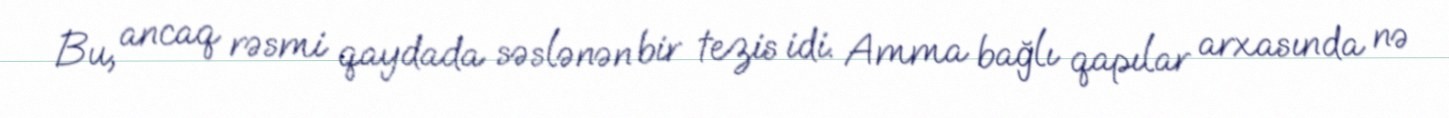
Bu, ancaq rəsmi qaydada səslənən bir tezis idi. Amma bağlı qapılar arxasında nə